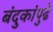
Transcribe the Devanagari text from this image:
बंदुकांपुढे